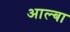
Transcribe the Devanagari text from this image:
आल्बा